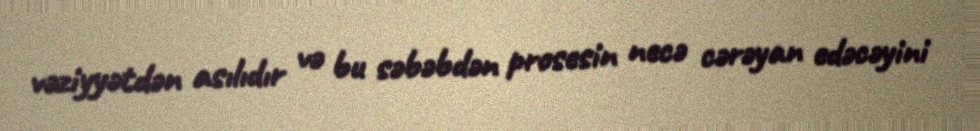
vəziyyətdən asılıdır və bu səbəbdən prosesin necə cərəyan edəcəyini